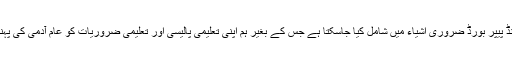
انہوں نے کہا کہ پیپر اینڈ پیپر بورڈ ضروری اشیاء میں شامل کیا جاسکتا ہے جس کے بغیر ہم اپنی تعلیمی پالیسی اور تعلیمی ضروریات کو عام آدمی کی پہنچ میں نہیں رکھ سکتے۔